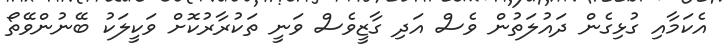
އެކަމާއި ގުޅިގެން ދައުލަތުން ވެސް އަދި ގާޒީވެސް ވަނީ ތަކުރާރުކޮށް ވަކީލަކު ބޭނުންވޭތޯ